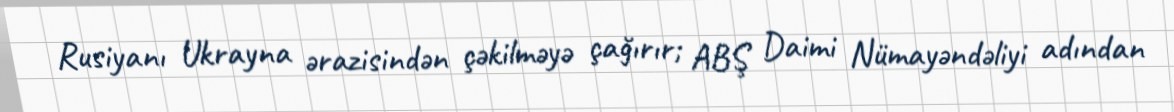
Rusiyanı Ukrayna ərazisindən çəkilməyə çağırır; ABŞ Daimi Nümayəndəliyi adından